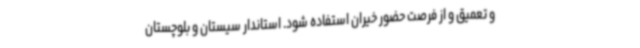
و تعمیق و از فرصت حضور خیران استفاده شود. استاندار سیستان و بلوچستان